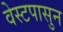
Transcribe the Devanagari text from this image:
वेस्टपासुन